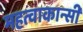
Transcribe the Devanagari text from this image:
महत्वाकान्सी